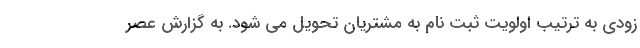
زودی به ترتیب اولویت ثبت نام به مشتریان تحویل می شود. به گزارش عصر